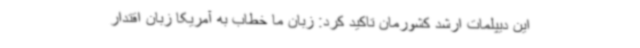
این دیپلمات ارشد کشورمان تاکید کرد: زبان ما خطاب به آمریکا زبان اقتدار